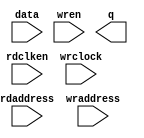
//Legal Notice: (C)2016 Altera Corporation. All rights reserved.  Your
//use of Altera Corporation's design tools, logic functions and other
//software and tools, and its AMPP partner logic functions, and any
//output files any of the foregoing (including device programming or
//simulation files), and any associated documentation or information are
//expressly subject to the terms and conditions of the Altera Program
//License Subscription Agreement or other applicable license agreement,
//including, without limitation, that your use is for the sole purpose
//of programming logic devices manufactured by Altera and sold by Altera
//or its authorized distributors.  Please refer to the applicable
//agreement for further details.

// synthesis translate_off
`timescale 1ns / 1ps
// synthesis translate_on

// turn off superfluous verilog processor warnings 
// altera message_level Level1 
// altera message_off 10034 10035 10036 10037 10230 10240 10030 

module ddr2_full_mem_model_ram_module (
                                        // inputs:
                                         data,
                                         rdaddress,
                                         rdclken,
                                         wraddress,
                                         wrclock,
                                         wren,

                                        // outputs:
                                         q
                                      )
;

  output  [ 63: 0] q;
  input   [ 63: 0] data;
  input   [ 24: 0] rdaddress;
  input            rdclken;
  input   [ 24: 0] wraddress;
  input            wrclock;
  input            wren;

  reg     [ 63: 0] mem_array [33554431: 0];
  wire    [ 63: 0] q;
  reg     [ 24: 0] read_address;

//synthesis translate_off
//////////////// SIMULATION-ONLY CONTENTS
  always @(rdaddress)
    begin
      read_address = rdaddress;
    end


  // Data read is asynchronous.
  assign q = mem_array[read_address];

  always @(posedge wrclock)
    begin
      // Write data
      if (wren)
          mem_array[wraddress] <= data;
    end



//////////////// END SIMULATION-ONLY CONTENTS

//synthesis translate_on
//synthesis read_comments_as_HDL on
//  always @(rdaddress)
//    begin
//      read_address = rdaddress;
//    end
//
//
//  lpm_ram_dp lpm_ram_dp_component
//    (
//      .data (data),
//      .q (q),
//      .rdaddress (read_address),
//      .rdclken (rdclken),
//      .wraddress (wraddress),
//      .wrclock (wrclock),
//      .wren (wren)
//    );
//
//  defparam lpm_ram_dp_component.lpm_file = "UNUSED",
//           lpm_ram_dp_component.lpm_hint = "USE_EAB=ON",
//           lpm_ram_dp_component.lpm_indata = "REGISTERED",
//           lpm_ram_dp_component.lpm_outdata = "UNREGISTERED",
//           lpm_ram_dp_component.lpm_rdaddress_control = "UNREGISTERED",
//           lpm_ram_dp_component.lpm_width = 64,
//           lpm_ram_dp_component.lpm_widthad = 25,
//           lpm_ram_dp_component.lpm_wraddress_control = "REGISTERED",
//           lpm_ram_dp_component.suppress_memory_conversion_warnings = "ON";
//
//synthesis read_comments_as_HDL off

endmodule


// synthesis translate_off
`timescale 1ns / 1ps
// synthesis translate_on

// turn off superfluous verilog processor warnings 
// altera message_level Level1 
// altera message_off 10034 10035 10036 10037 10230 10240 10030 

module ddr2_full_mem_model (
                             // inputs:
                              mem_addr,
                              mem_ba,
                              mem_cas_n,
                              mem_cke,
                              mem_clk,
                              mem_clk_n,
                              mem_cs_n,
                              mem_dm,
                              mem_odt,
                              mem_ras_n,
                              mem_we_n,

                             // outputs:
                              global_reset_n,
                              mem_dq,
                              mem_dqs,
                              mem_dqs_n
                           )
;

  output           global_reset_n;
  inout   [ 31: 0] mem_dq;
  inout   [  3: 0] mem_dqs;
  inout   [  3: 0] mem_dqs_n;
  input   [ 12: 0] mem_addr;
  input   [  2: 0] mem_ba;
  input            mem_cas_n;
  input            mem_cke;
  input            mem_clk;
  input            mem_clk_n;
  input            mem_cs_n;
  input   [  3: 0] mem_dm;
  input            mem_odt;
  input            mem_ras_n;
  input            mem_we_n;

  wire    [ 23: 0] CODE;
  wire    [ 12: 0] a;
  reg     [  3: 0] additive_latency;
  wire    [  8: 0] addr_col;
  wire    [  2: 0] ba;
  reg     [  2: 0] burstlength;
  reg              burstmode;
  wire             cas_n;
  wire             cke;
  wire             clk;
  wire    [  2: 0] cmd_code;
  wire             cs_n;
  wire    [  2: 0] current_row;
  wire    [  3: 0] dm;
  reg     [  7: 0] dm_captured;
  reg     [ 63: 0] dq_captured;
  wire    [ 31: 0] dq_temp;
  wire             dq_valid;
  wire    [  3: 0] dqs_temp;
  wire             dqs_valid;
  reg              dqs_valid_temp;
  reg     [ 31: 0] first_half_dq;
  wire             global_reset_n;
  wire    [ 63: 0] mem_bytes;
  wire    [ 31: 0] mem_dq;
  wire    [  3: 0] mem_dqs;
  wire    [  3: 0] mem_dqs_n;
  reg     [ 12: 0] open_rows [  7: 0];
  wire             ras_n;
  reg     [ 24: 0] rd_addr_pipe_0;
  reg     [ 24: 0] rd_addr_pipe_1;
  reg     [ 24: 0] rd_addr_pipe_10;
  reg     [ 24: 0] rd_addr_pipe_11;
  reg     [ 24: 0] rd_addr_pipe_12;
  reg     [ 24: 0] rd_addr_pipe_13;
  reg     [ 24: 0] rd_addr_pipe_14;
  reg     [ 24: 0] rd_addr_pipe_15;
  reg     [ 24: 0] rd_addr_pipe_16;
  reg     [ 24: 0] rd_addr_pipe_17;
  reg     [ 24: 0] rd_addr_pipe_18;
  reg     [ 24: 0] rd_addr_pipe_19;
  reg     [ 24: 0] rd_addr_pipe_2;
  reg     [ 24: 0] rd_addr_pipe_20;
  reg     [ 24: 0] rd_addr_pipe_21;
  reg     [ 24: 0] rd_addr_pipe_3;
  reg     [ 24: 0] rd_addr_pipe_4;
  reg     [ 24: 0] rd_addr_pipe_5;
  reg     [ 24: 0] rd_addr_pipe_6;
  reg     [ 24: 0] rd_addr_pipe_7;
  reg     [ 24: 0] rd_addr_pipe_8;
  reg     [ 24: 0] rd_addr_pipe_9;
  reg     [ 24: 0] rd_burst_counter;
  reg     [ 25: 0] rd_valid_pipe;
  wire    [ 24: 0] read_addr_delayed;
  reg              read_cmd;
  reg              read_cmd_echo;
  wire    [ 63: 0] read_data;
  wire    [ 31: 0] read_dq;
  reg     [  4: 0] read_latency;
  wire             read_valid;
  reg              read_valid_r;
  reg              read_valid_r2;
  reg              read_valid_r3;
  reg              read_valid_r4;
  reg              reset_n;
  wire    [ 24: 0] rmw_address;
  reg     [ 63: 0] rmw_temp;
  reg     [ 31: 0] second_half_dq;
  reg     [  3: 0] tcl;
  wire    [ 23: 0] txt_code;
  wire             we_n;
  wire    [ 24: 0] wr_addr_delayed;
  reg     [ 24: 0] wr_addr_delayed_r;
  reg     [ 24: 0] wr_addr_pipe_0;
  reg     [ 24: 0] wr_addr_pipe_1;
  reg     [ 24: 0] wr_addr_pipe_10;
  reg     [ 24: 0] wr_addr_pipe_11;
  reg     [ 24: 0] wr_addr_pipe_12;
  reg     [ 24: 0] wr_addr_pipe_13;
  reg     [ 24: 0] wr_addr_pipe_14;
  reg     [ 24: 0] wr_addr_pipe_15;
  reg     [ 24: 0] wr_addr_pipe_16;
  reg     [ 24: 0] wr_addr_pipe_17;
  reg     [ 24: 0] wr_addr_pipe_18;
  reg     [ 24: 0] wr_addr_pipe_2;
  reg     [ 24: 0] wr_addr_pipe_3;
  reg     [ 24: 0] wr_addr_pipe_4;
  reg     [ 24: 0] wr_addr_pipe_5;
  reg     [ 24: 0] wr_addr_pipe_6;
  reg     [ 24: 0] wr_addr_pipe_7;
  reg     [ 24: 0] wr_addr_pipe_8;
  reg     [ 24: 0] wr_addr_pipe_9;
  reg     [ 24: 0] wr_burst_counter;
  reg     [ 25: 0] wr_valid_pipe;
  reg     [ 25: 0] write_burst_length_pipe;
  reg              write_cmd;
  reg              write_cmd_echo;
  reg     [  4: 0] write_latency;
  wire             write_to_ram;
  reg              write_to_ram_r;
  wire             write_valid;
  reg              write_valid_r;
  reg              write_valid_r2;
  reg              write_valid_r3;
initial
  begin
    $write("\n");
    $write("**********************************************************************\n");
    $write("This testbench includes a generated Altera memory model:\n");
    $write("'ddr2_full_mem_model.v', to simulate accesses to the DDR2 SDRAM memory.\n");
    $write(" \n");
    $write("**********************************************************************\n");
  end
  //Synchronous write when (CODE == 24'h205752 (write))
  ddr2_full_mem_model_ram_module ddr2_full_mem_model_ram
    (
      .data      (rmw_temp),
      .q         (read_data),
      .rdaddress (rmw_address),
      .rdclken   (1'b1),
      .wraddress (wr_addr_delayed_r),
      .wrclock   (clk),
      .wren      (write_to_ram_r)
    );

  assign clk = mem_clk;
  assign dm = mem_dm;
  assign cke = mem_cke;
  assign cs_n = mem_cs_n;
  assign ras_n = mem_ras_n;
  assign cas_n = mem_cas_n;
  assign we_n = mem_we_n;
  assign ba = mem_ba;
  assign a = mem_addr;
  //generate a fake reset inside the memory model
  assign global_reset_n = reset_n;

  initial 
    begin
      reset_n <= 0;
      #100 reset_n <= 1;
    end
  assign cmd_code = (&cs_n) ? 3'b111 : {ras_n, cas_n, we_n};
  assign CODE = (&cs_n) ? 24'h494e48 : txt_code;
  assign addr_col = a[9 : 1];
  assign current_row = {ba};
  // Decode commands into their actions
  always @(posedge clk or negedge reset_n)
    begin
      if (reset_n == 0)
        begin
          write_cmd_echo <= 0;
          read_cmd_echo <= 0;
        end
      else // No Activity if the clock is
      if (cke)
        begin
          // Checks whether to echo read cmd
          if (read_cmd_echo && !read_cmd)
            begin
              read_cmd <= 1'b1;
              read_cmd_echo <= 1'b0;
            end
          else // This is a read command
          if (cmd_code == 3'b101)
            begin
              read_cmd <= 1'b1;
              read_cmd_echo <= 1'b1;
            end
          else 
            read_cmd <= 1'b0;
          // Checks whether to echo write cmd
          if (write_cmd_echo && !write_cmd)
            begin
              write_cmd <= 1'b1;
              write_cmd_echo <= 1'b0;
            end
          else // This is a write command
          if (cmd_code == 3'b100)
            begin
              write_cmd <= 1'b1;
              write_cmd_echo <= 1'b1;
              write_burst_length_pipe[0] <= a[0];
            end
          else 
            write_cmd <= 1'b0;
          // This is an activate - store the chip/row/bank address in the same order as the DDR controller
          if (cmd_code == 3'b011)
              open_rows[current_row] <= a;
        end
    end


  // Pipes are flushed here
  always @(posedge clk or negedge reset_n)
    begin
      if (reset_n == 0)
        begin
          wr_addr_pipe_1 <= 0;
          wr_addr_pipe_2 <= 0;
          wr_addr_pipe_3 <= 0;
          wr_addr_pipe_4 <= 0;
          wr_addr_pipe_5 <= 0;
          wr_addr_pipe_6 <= 0;
          wr_addr_pipe_7 <= 0;
          wr_addr_pipe_8 <= 0;
          wr_addr_pipe_9 <= 0;
          wr_addr_pipe_10 <= 0;
          wr_addr_pipe_11 <= 0;
          wr_addr_pipe_12 <= 0;
          wr_addr_pipe_13 <= 0;
          wr_addr_pipe_14 <= 0;
          wr_addr_pipe_15 <= 0;
          wr_addr_pipe_16 <= 0;
          wr_addr_pipe_17 <= 0;
          wr_addr_pipe_18 <= 0;
          rd_addr_pipe_1 <= 0;
          rd_addr_pipe_2 <= 0;
          rd_addr_pipe_3 <= 0;
          rd_addr_pipe_4 <= 0;
          rd_addr_pipe_5 <= 0;
          rd_addr_pipe_6 <= 0;
          rd_addr_pipe_7 <= 0;
          rd_addr_pipe_8 <= 0;
          rd_addr_pipe_9 <= 0;
          rd_addr_pipe_10 <= 0;
          rd_addr_pipe_11 <= 0;
          rd_addr_pipe_12 <= 0;
          rd_addr_pipe_13 <= 0;
          rd_addr_pipe_14 <= 0;
          rd_addr_pipe_15 <= 0;
          rd_addr_pipe_16 <= 0;
          rd_addr_pipe_17 <= 0;
          rd_addr_pipe_18 <= 0;
          rd_addr_pipe_19 <= 0;
          rd_addr_pipe_20 <= 0;
          rd_addr_pipe_21 <= 0;
        end
      else // No Activity if the clock is
      if (cke)
        begin
          rd_addr_pipe_21 <= rd_addr_pipe_20;
          rd_addr_pipe_20 <= rd_addr_pipe_19;
          rd_addr_pipe_19 <= rd_addr_pipe_18;
          rd_addr_pipe_18 <= rd_addr_pipe_17;
          rd_addr_pipe_17 <= rd_addr_pipe_16;
          rd_addr_pipe_16 <= rd_addr_pipe_15;
          rd_addr_pipe_15 <= rd_addr_pipe_14;
          rd_addr_pipe_14 <= rd_addr_pipe_13;
          rd_addr_pipe_13 <= rd_addr_pipe_12;
          rd_addr_pipe_12 <= rd_addr_pipe_11;
          rd_addr_pipe_11 <= rd_addr_pipe_10;
          rd_addr_pipe_10 <= rd_addr_pipe_9;
          rd_addr_pipe_9 <= rd_addr_pipe_8;
          rd_addr_pipe_8 <= rd_addr_pipe_7;
          rd_addr_pipe_7 <= rd_addr_pipe_6;
          rd_addr_pipe_6 <= rd_addr_pipe_5;
          rd_addr_pipe_5 <= rd_addr_pipe_4;
          rd_addr_pipe_4 <= rd_addr_pipe_3;
          rd_addr_pipe_3 <= rd_addr_pipe_2;
          rd_addr_pipe_2 <= rd_addr_pipe_1;
          rd_addr_pipe_1 <= rd_addr_pipe_0;
          rd_valid_pipe[25 : 1] <= rd_valid_pipe[24 : 0];
          rd_valid_pipe[0] <= cmd_code == 3'b101;
          wr_addr_pipe_18 <= wr_addr_pipe_17;
          wr_addr_pipe_17 <= wr_addr_pipe_16;
          wr_addr_pipe_16 <= wr_addr_pipe_15;
          wr_addr_pipe_15 <= wr_addr_pipe_14;
          wr_addr_pipe_14 <= wr_addr_pipe_13;
          wr_addr_pipe_13 <= wr_addr_pipe_12;
          wr_addr_pipe_12 <= wr_addr_pipe_11;
          wr_addr_pipe_11 <= wr_addr_pipe_10;
          wr_addr_pipe_10 <= wr_addr_pipe_9;
          wr_addr_pipe_9 <= wr_addr_pipe_8;
          wr_addr_pipe_8 <= wr_addr_pipe_7;
          wr_addr_pipe_7 <= wr_addr_pipe_6;
          wr_addr_pipe_6 <= wr_addr_pipe_5;
          wr_addr_pipe_5 <= wr_addr_pipe_4;
          wr_addr_pipe_4 <= wr_addr_pipe_3;
          wr_addr_pipe_3 <= wr_addr_pipe_2;
          wr_addr_pipe_2 <= wr_addr_pipe_1;
          wr_addr_pipe_1 <= wr_addr_pipe_0;
          wr_valid_pipe[25 : 1] <= wr_valid_pipe[24 : 0];
          wr_valid_pipe[0] <= cmd_code == 3'b100;
          wr_addr_delayed_r <= wr_addr_delayed;
          write_burst_length_pipe[25 : 1] <= write_burst_length_pipe[24 : 0];
        end
    end


  // Decode CAS Latency from bits a[6:4]
  always @(posedge clk)
    begin
      // No Activity if the clock is disabled
      if (cke)
          //Load mode register - set CAS latency, burst mode and length
          if (cmd_code == 3'b000 && ba == 2'b00)
            begin
              burstmode <= a[3];
              burstlength <= a[2 : 0] << 1;
              //CAS Latency = 3.0
              if (a[6 : 4] == 3'b011)
                  tcl <= 4'b0010;
              else //CAS Latency = 4.0
              if (a[6 : 4] == 3'b100)
                  tcl <= 4'b0011;
              else //CAS Latency = 5.0
              if (a[6 : 4] == 3'b101)
                  tcl <= 4'b0100;
              else //CAS Latency = 6.0
              if (a[6 : 4] == 3'b110)
                  tcl <= 4'b0101;
              else 
                tcl <= 4'b0110;
            end
          else //Get additive latency
          if (cmd_code == 3'b000 && ba == 2'b01)
              additive_latency <= {1'b0,a[5 : 3]};
    end


  //Calculate actual write and read latency
  always @(additive_latency or tcl)
    begin
      read_latency = tcl + additive_latency;
      write_latency = tcl + additive_latency;
    end


  // Burst support - make the wr_addr & rd_addr keep counting
  always @(posedge clk or negedge reset_n)
    begin
      if (reset_n == 0)
        begin
          wr_addr_pipe_0 <= 0;
          rd_addr_pipe_0 <= 0;
        end
      else 
        begin
          // Reset write address otherwise if the first write is partial it breaks!
          if (cmd_code == 3'b000 && ba == 2'b00)
            begin
              wr_addr_pipe_0 <= 0;
              wr_burst_counter <= 0;
            end
          else if (cmd_code == 3'b100)
            begin
              wr_addr_pipe_0 <= {ba,open_rows[current_row],addr_col};
              wr_burst_counter[24 : 2] <= {ba,open_rows[current_row],addr_col[8 : 2]};
              wr_burst_counter[1 : 0] <= addr_col[1 : 0] + 1;
            end
          else if (write_cmd || write_to_ram || write_cmd_echo)
            begin
              wr_addr_pipe_0 <= wr_burst_counter;
              wr_burst_counter[1 : 0] <= wr_burst_counter[1 : 0] + 1;
            end
          else 
            wr_addr_pipe_0 <= 0;
          // Reset read address otherwise if the first write is partial it breaks!
          if (cmd_code == 3'b000 && ba == 2'b00)
              rd_addr_pipe_0 <= 0;
          else if (cmd_code == 3'b101)
            begin
              rd_addr_pipe_0 <= {ba,open_rows[current_row],addr_col};
              rd_burst_counter[24 : 2] <= {ba,open_rows[current_row],addr_col[8 : 2]};
              rd_burst_counter[1 : 0] <= addr_col[1 : 0] + 1;
            end
          else if (read_cmd || dq_valid || read_valid || read_cmd_echo)
            begin
              rd_addr_pipe_0 <= rd_burst_counter;
              rd_burst_counter[1 : 0] <= rd_burst_counter[1 : 0] + 1;
            end
          else 
            rd_addr_pipe_0 <= 0;
        end
    end


  // read data transition from single to double clock rate
  always @(posedge clk)
    begin
      first_half_dq <= read_data[63 : 32];
      second_half_dq <= read_data[31 : 0];
    end


  assign read_dq = clk  ? second_half_dq : first_half_dq;
  assign dq_temp = dq_valid  ? read_dq : {32{1'bz}};
  assign dqs_temp = dqs_valid ? {4{clk}} : {4{1'bz}};
  assign mem_dqs = dqs_temp;
  assign mem_dq = dq_temp;
  //Pipelining registers for burst counting
  always @(posedge clk)
    begin
      write_valid_r <= write_valid;
      read_valid_r <= read_valid;
      write_valid_r2 <= write_valid_r;
      write_valid_r3 <= write_valid_r2;
      write_to_ram_r <= write_to_ram;
      read_valid_r2 <= read_valid_r;
      read_valid_r3 <= read_valid_r2;
      read_valid_r4 <= read_valid_r3;
    end


  assign write_to_ram = burstlength[1] ? write_valid || write_valid_r || write_valid_r2 || write_valid_r3 : write_valid || write_valid_r;
  assign dq_valid = burstlength[1] ? read_valid_r || read_valid_r2 || read_valid_r3 || read_valid_r4 : read_valid_r || read_valid_r2;
  assign dqs_valid = dq_valid || dqs_valid_temp;
  // 
  always @(negedge clk)
    begin
      dqs_valid_temp <= read_valid;
    end


  //capture first half of write data with rising edge of DQS, for simulation use only 1 DQS pin
  always @(posedge mem_dqs[0])
    begin
      #0.1 dq_captured[31 : 0] <= mem_dq[31 : 0];
      #0.1 dm_captured[3 : 0] <= mem_dm[3 : 0];
    end


  //capture second half of write data with falling edge of DQS, for simulation use only 1 DQS pin
  always @(negedge mem_dqs[0])
    begin
      #0.1 dq_captured[63 : 32] <= mem_dq[31 : 0];
      #0.1 dm_captured[7 : 4] <= mem_dm[3 : 0];
    end


  //Support for incomplete writes, do a read-modify-write with mem_bytes and the write data
  always @(posedge clk)
    begin
      if (write_to_ram)
          rmw_temp[7 : 0] <= dm_captured[0] ? mem_bytes[7 : 0] : dq_captured[7 : 0];
    end


  always @(posedge clk)
    begin
      if (write_to_ram)
          rmw_temp[15 : 8] <= dm_captured[1] ? mem_bytes[15 : 8] : dq_captured[15 : 8];
    end


  always @(posedge clk)
    begin
      if (write_to_ram)
          rmw_temp[23 : 16] <= dm_captured[2] ? mem_bytes[23 : 16] : dq_captured[23 : 16];
    end


  always @(posedge clk)
    begin
      if (write_to_ram)
          rmw_temp[31 : 24] <= dm_captured[3] ? mem_bytes[31 : 24] : dq_captured[31 : 24];
    end


  always @(posedge clk)
    begin
      if (write_to_ram)
          rmw_temp[39 : 32] <= dm_captured[4] ? mem_bytes[39 : 32] : dq_captured[39 : 32];
    end


  always @(posedge clk)
    begin
      if (write_to_ram)
          rmw_temp[47 : 40] <= dm_captured[5] ? mem_bytes[47 : 40] : dq_captured[47 : 40];
    end


  always @(posedge clk)
    begin
      if (write_to_ram)
          rmw_temp[55 : 48] <= dm_captured[6] ? mem_bytes[55 : 48] : dq_captured[55 : 48];
    end


  always @(posedge clk)
    begin
      if (write_to_ram)
          rmw_temp[63 : 56] <= dm_captured[7] ? mem_bytes[63 : 56] : dq_captured[63 : 56];
    end


  //DDR2 has variable write latency too, so use write_latency to select which pipeline stage drives valid
  assign write_valid = (write_latency == 0)? wr_valid_pipe[0] :
    (write_latency == 1)? wr_valid_pipe[1] :
    (write_latency == 2)? wr_valid_pipe[2] :
    (write_latency == 3)? wr_valid_pipe[3] :
    (write_latency == 4)? wr_valid_pipe[4] :
    (write_latency == 5)? wr_valid_pipe[5] :
    (write_latency == 6)? wr_valid_pipe[6] :
    (write_latency == 7)? wr_valid_pipe[7] :
    (write_latency == 8)? wr_valid_pipe[8] :
    (write_latency == 9)? wr_valid_pipe[9] :
    (write_latency == 10)? wr_valid_pipe[10] :
    (write_latency == 11)? wr_valid_pipe[11] :
    (write_latency == 12)? wr_valid_pipe[12] :
    (write_latency == 13)? wr_valid_pipe[13] :
    (write_latency == 14)? wr_valid_pipe[14] :
    (write_latency == 15)? wr_valid_pipe[15] :
    (write_latency == 16)? wr_valid_pipe[16] :
    (write_latency == 17)? wr_valid_pipe[17] :
    wr_valid_pipe[18];

  //DDR2 has variable write latency too, so use write_latency to select which pipeline stage drives addr
  assign wr_addr_delayed = (write_latency == 0)? wr_addr_pipe_0 :
    (write_latency == 1)? wr_addr_pipe_1 :
    (write_latency == 2)? wr_addr_pipe_2 :
    (write_latency == 3)? wr_addr_pipe_3 :
    (write_latency == 4)? wr_addr_pipe_4 :
    (write_latency == 5)? wr_addr_pipe_5 :
    (write_latency == 6)? wr_addr_pipe_6 :
    (write_latency == 7)? wr_addr_pipe_7 :
    (write_latency == 8)? wr_addr_pipe_8 :
    (write_latency == 9)? wr_addr_pipe_9 :
    (write_latency == 10)? wr_addr_pipe_10 :
    (write_latency == 11)? wr_addr_pipe_11 :
    (write_latency == 12)? wr_addr_pipe_12 :
    (write_latency == 13)? wr_addr_pipe_13 :
    (write_latency == 14)? wr_addr_pipe_14 :
    (write_latency == 15)? wr_addr_pipe_15 :
    (write_latency == 16)? wr_addr_pipe_16 :
    (write_latency == 17)? wr_addr_pipe_17 :
    wr_addr_pipe_18;

  assign mem_bytes = (rmw_address == wr_addr_delayed_r && write_to_ram_r) ? rmw_temp : read_data;
  assign rmw_address = (write_to_ram) ? wr_addr_delayed : read_addr_delayed;
  //use read_latency to select which pipeline stage drives addr
  assign read_addr_delayed = (read_latency == 0)? rd_addr_pipe_0 :
    (read_latency == 1)? rd_addr_pipe_1 :
    (read_latency == 2)? rd_addr_pipe_2 :
    (read_latency == 3)? rd_addr_pipe_3 :
    (read_latency == 4)? rd_addr_pipe_4 :
    (read_latency == 5)? rd_addr_pipe_5 :
    (read_latency == 6)? rd_addr_pipe_6 :
    (read_latency == 7)? rd_addr_pipe_7 :
    (read_latency == 8)? rd_addr_pipe_8 :
    (read_latency == 9)? rd_addr_pipe_9 :
    (read_latency == 10)? rd_addr_pipe_10 :
    (read_latency == 11)? rd_addr_pipe_11 :
    (read_latency == 12)? rd_addr_pipe_12 :
    (read_latency == 13)? rd_addr_pipe_13 :
    (read_latency == 14)? rd_addr_pipe_14 :
    (read_latency == 15)? rd_addr_pipe_15 :
    (read_latency == 16)? rd_addr_pipe_16 :
    (read_latency == 17)? rd_addr_pipe_17 :
    (read_latency == 18)? rd_addr_pipe_18 :
    (read_latency == 19)? rd_addr_pipe_19 :
    (read_latency == 20)? rd_addr_pipe_20 :
    rd_addr_pipe_21;

  //use read_latency to select which pipeline stage drives valid
  assign read_valid = (read_latency == 0)? rd_valid_pipe[0] :
    (read_latency == 1)? rd_valid_pipe[1] :
    (read_latency == 2)? rd_valid_pipe[2] :
    (read_latency == 3)? rd_valid_pipe[3] :
    (read_latency == 4)? rd_valid_pipe[4] :
    (read_latency == 5)? rd_valid_pipe[5] :
    (read_latency == 6)? rd_valid_pipe[6] :
    (read_latency == 7)? rd_valid_pipe[7] :
    (read_latency == 8)? rd_valid_pipe[8] :
    (read_latency == 9)? rd_valid_pipe[9] :
    (read_latency == 10)? rd_valid_pipe[10] :
    (read_latency == 11)? rd_valid_pipe[11] :
    (read_latency == 12)? rd_valid_pipe[12] :
    (read_latency == 13)? rd_valid_pipe[13] :
    (read_latency == 14)? rd_valid_pipe[14] :
    (read_latency == 15)? rd_valid_pipe[15] :
    (read_latency == 16)? rd_valid_pipe[16] :
    (read_latency == 17)? rd_valid_pipe[17] :
    (read_latency == 18)? rd_valid_pipe[18] :
    (read_latency == 19)? rd_valid_pipe[19] :
    (read_latency == 20)? rd_valid_pipe[20] :
    rd_valid_pipe[21];


//synthesis translate_off
//////////////// SIMULATION-ONLY CONTENTS
  assign txt_code = (cmd_code == 3'h0)? 24'h4c4d52 :
    (cmd_code == 3'h1)? 24'h415246 :
    (cmd_code == 3'h2)? 24'h505245 :
    (cmd_code == 3'h3)? 24'h414354 :
    (cmd_code == 3'h4)? 24'h205752 :
    (cmd_code == 3'h5)? 24'h205244 :
    (cmd_code == 3'h6)? 24'h425354 :
    (cmd_code == 3'h7)? 24'h4e4f50 :
    24'h424144;


//////////////// END SIMULATION-ONLY CONTENTS

//synthesis translate_on

endmodule